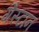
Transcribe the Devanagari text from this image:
गैस्टान